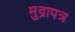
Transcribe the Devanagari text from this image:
मुद्रापत्र